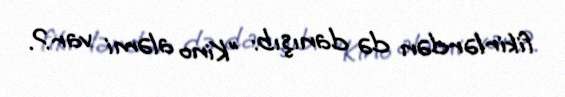
fikirlərdən də danışıb: "Kino aləmi var?.